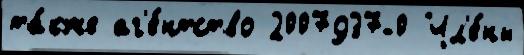
та́кже аг'е́нтство 2007937-0 Чл'е́ны